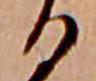
る